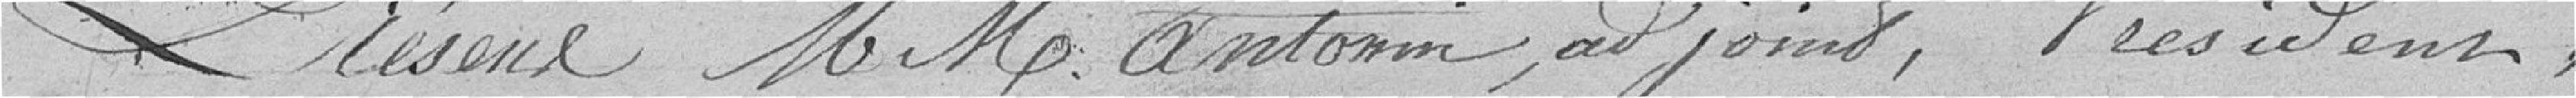
Présents Monsieurs Antonin, adjoint, Président